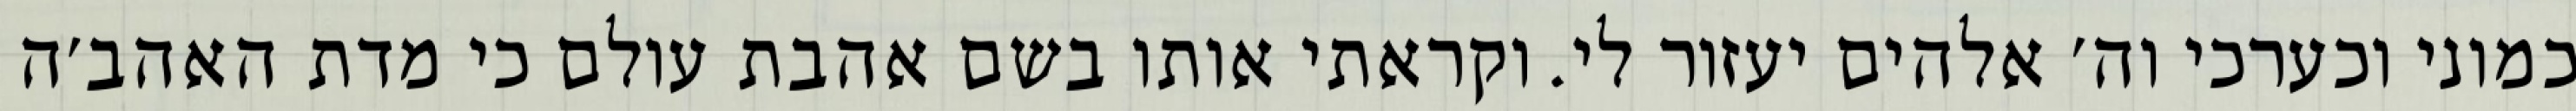
כמוני וכערכי וה׳ אלהים יעזור לי. וקראתי אותו בשם אהבת עולם כי מדת האהב׳ה